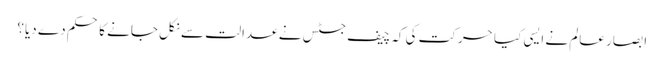
ابصار عالم نے ایسی کیا حرکت کی کہ چیف جسٹس نے عدالت سے نکل جانے کا حکم دے دیا؟